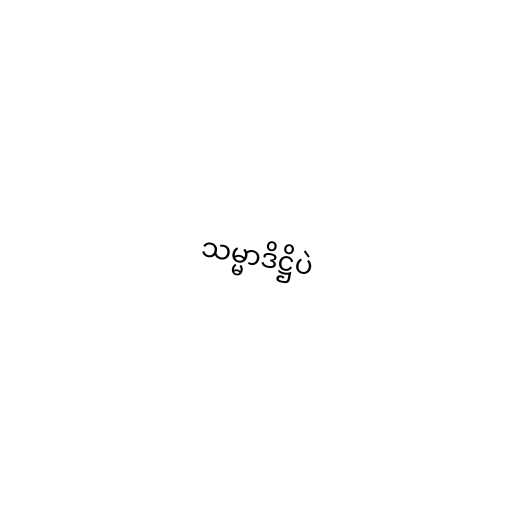
သမ္မာဒိဋ္ဌိပဲ